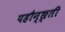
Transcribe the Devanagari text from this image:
पहौन्छ्ती